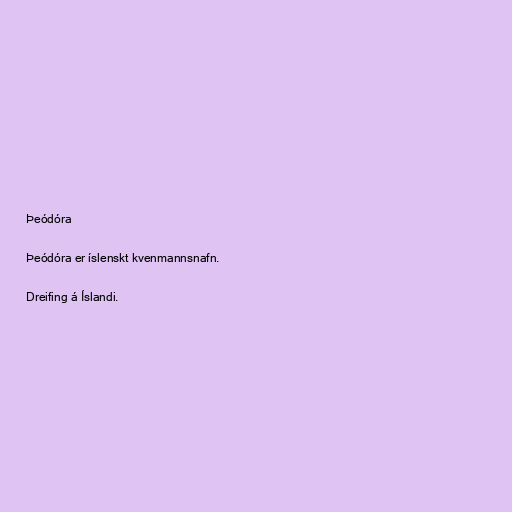
Þeódóra

Þeódóra er íslenskt kvenmannsnafn.

Dreifing á Íslandi.